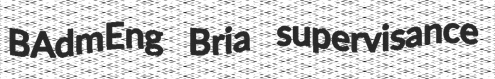
BAdmEng Bria supervisance